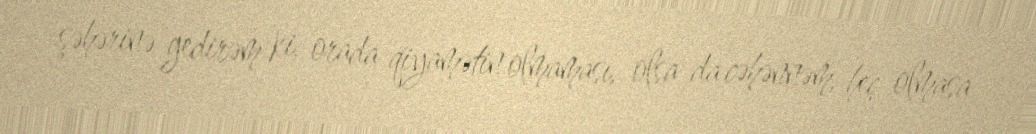
şəhərinə gedirəm ki, orada qiyamətin olmaması, olsa da cəhənnəm, heç olmasa